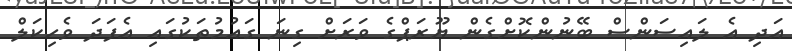
އަދި އެ ލައިސަންސް ބޭނުންކޮށްގެން ޔޫރަޕްގެ ވަރަށް ގިނަ ގައުމުތަކުގައި އެފަދަ ވެހިކަލް